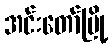
အင်းတော်မြို့